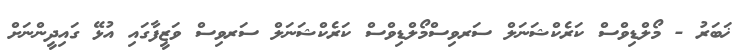
ޚަބަރު - މޯލްޑިވްސް ކަރެކްޝަނަލް ސަރވިސްމޯލްޑިވްސް ކަރެކްޝަނަލް ސަރވިސް ވަޒީފާގައި އުޅޭ ގައިދީންނަށް